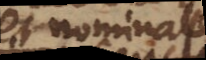
est nomina